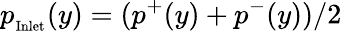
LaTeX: p_{_\mathrm{Inlet}}(y)=(p^{+}(y)+p^{-}(y))/2